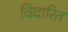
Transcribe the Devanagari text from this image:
विदारित